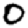
Digit: 0